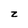
Character: z